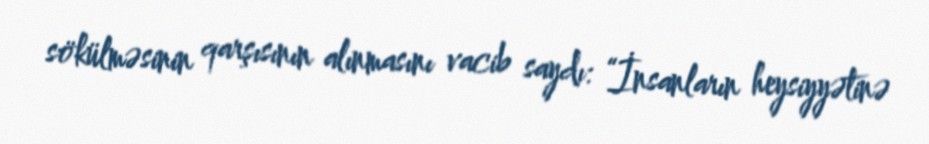
sökülməsinin qarşısının alınmasını vacib saydı: “İnsanların heysiyyətinə